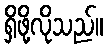
ရှိဖို့လိုသည်။